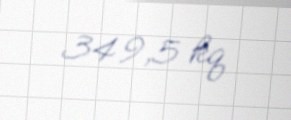
349,5 kq